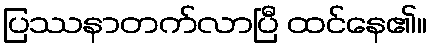
ပြဿနာတက်လာပြီ ထင်နေ၏။